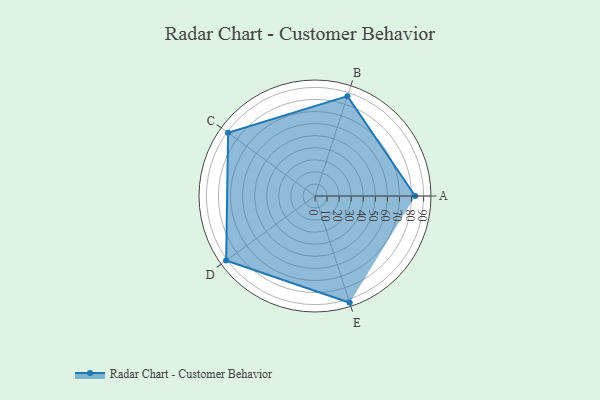
{"axis": {"x": "Skill", "y": "Score"}, "legend": ["Profile"], "data": [{"x": "A", "y": 83.0, "type": "Profile"}, {"x": "B", "y": 87.0, "type": "Profile"}, {"x": "C", "y": 89.0, "type": "Profile"}, {"x": "D", "y": 91.0, "type": "Profile"}, {"x": "E", "y": 93.0, "type": "Profile"}]}